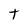
Character: t